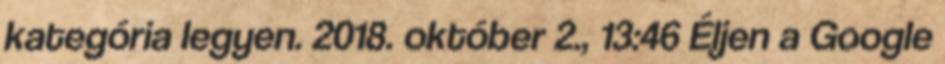
kategória legyen. 2018. október 2., 13:46 ‎Éljen a Google